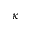
\kappa